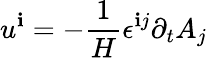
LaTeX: u^{\mathbf{i}}=-\frac{{1}}{{H}}\epsilon^{\mathbf{i}j}\partial_{t}{A}_{j}